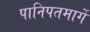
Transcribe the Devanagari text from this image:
पानिपतमार्गे